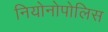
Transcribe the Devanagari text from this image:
नियोनोपोलिस